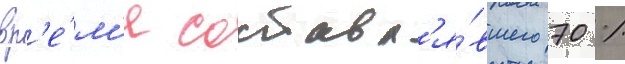
вр'е́м'я составл'я́вшего 70 %